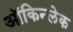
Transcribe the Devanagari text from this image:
ऑकिन्लेक